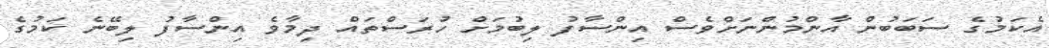
އެކަމުގެ ސަބަބުން އާންމުންނަށްވެސް އިންސާފު ލިބުމަށް ހުރަސްތައް ދިމާވެ އިންސާފު ލިބޭނެ ކަމުގެ